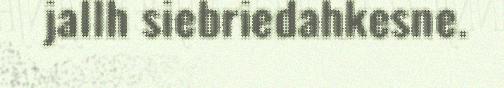
jallh siebriedahkesne.